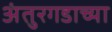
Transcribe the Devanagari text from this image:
अंतुरगडाच्या